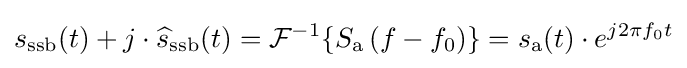
s_{\text{ssb}}(t)+j\cdot {\widehat {s}}_{\text{ssb}}(t)={\mathcal {F}}^{-1}\{S_{\mathrm {a} }\left(f-f_{0}\right)\}=s_{\mathrm {a} }(t)\cdot e^{j2\pi f_{0}t}